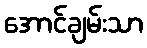
အောင်ချမ်းသာ